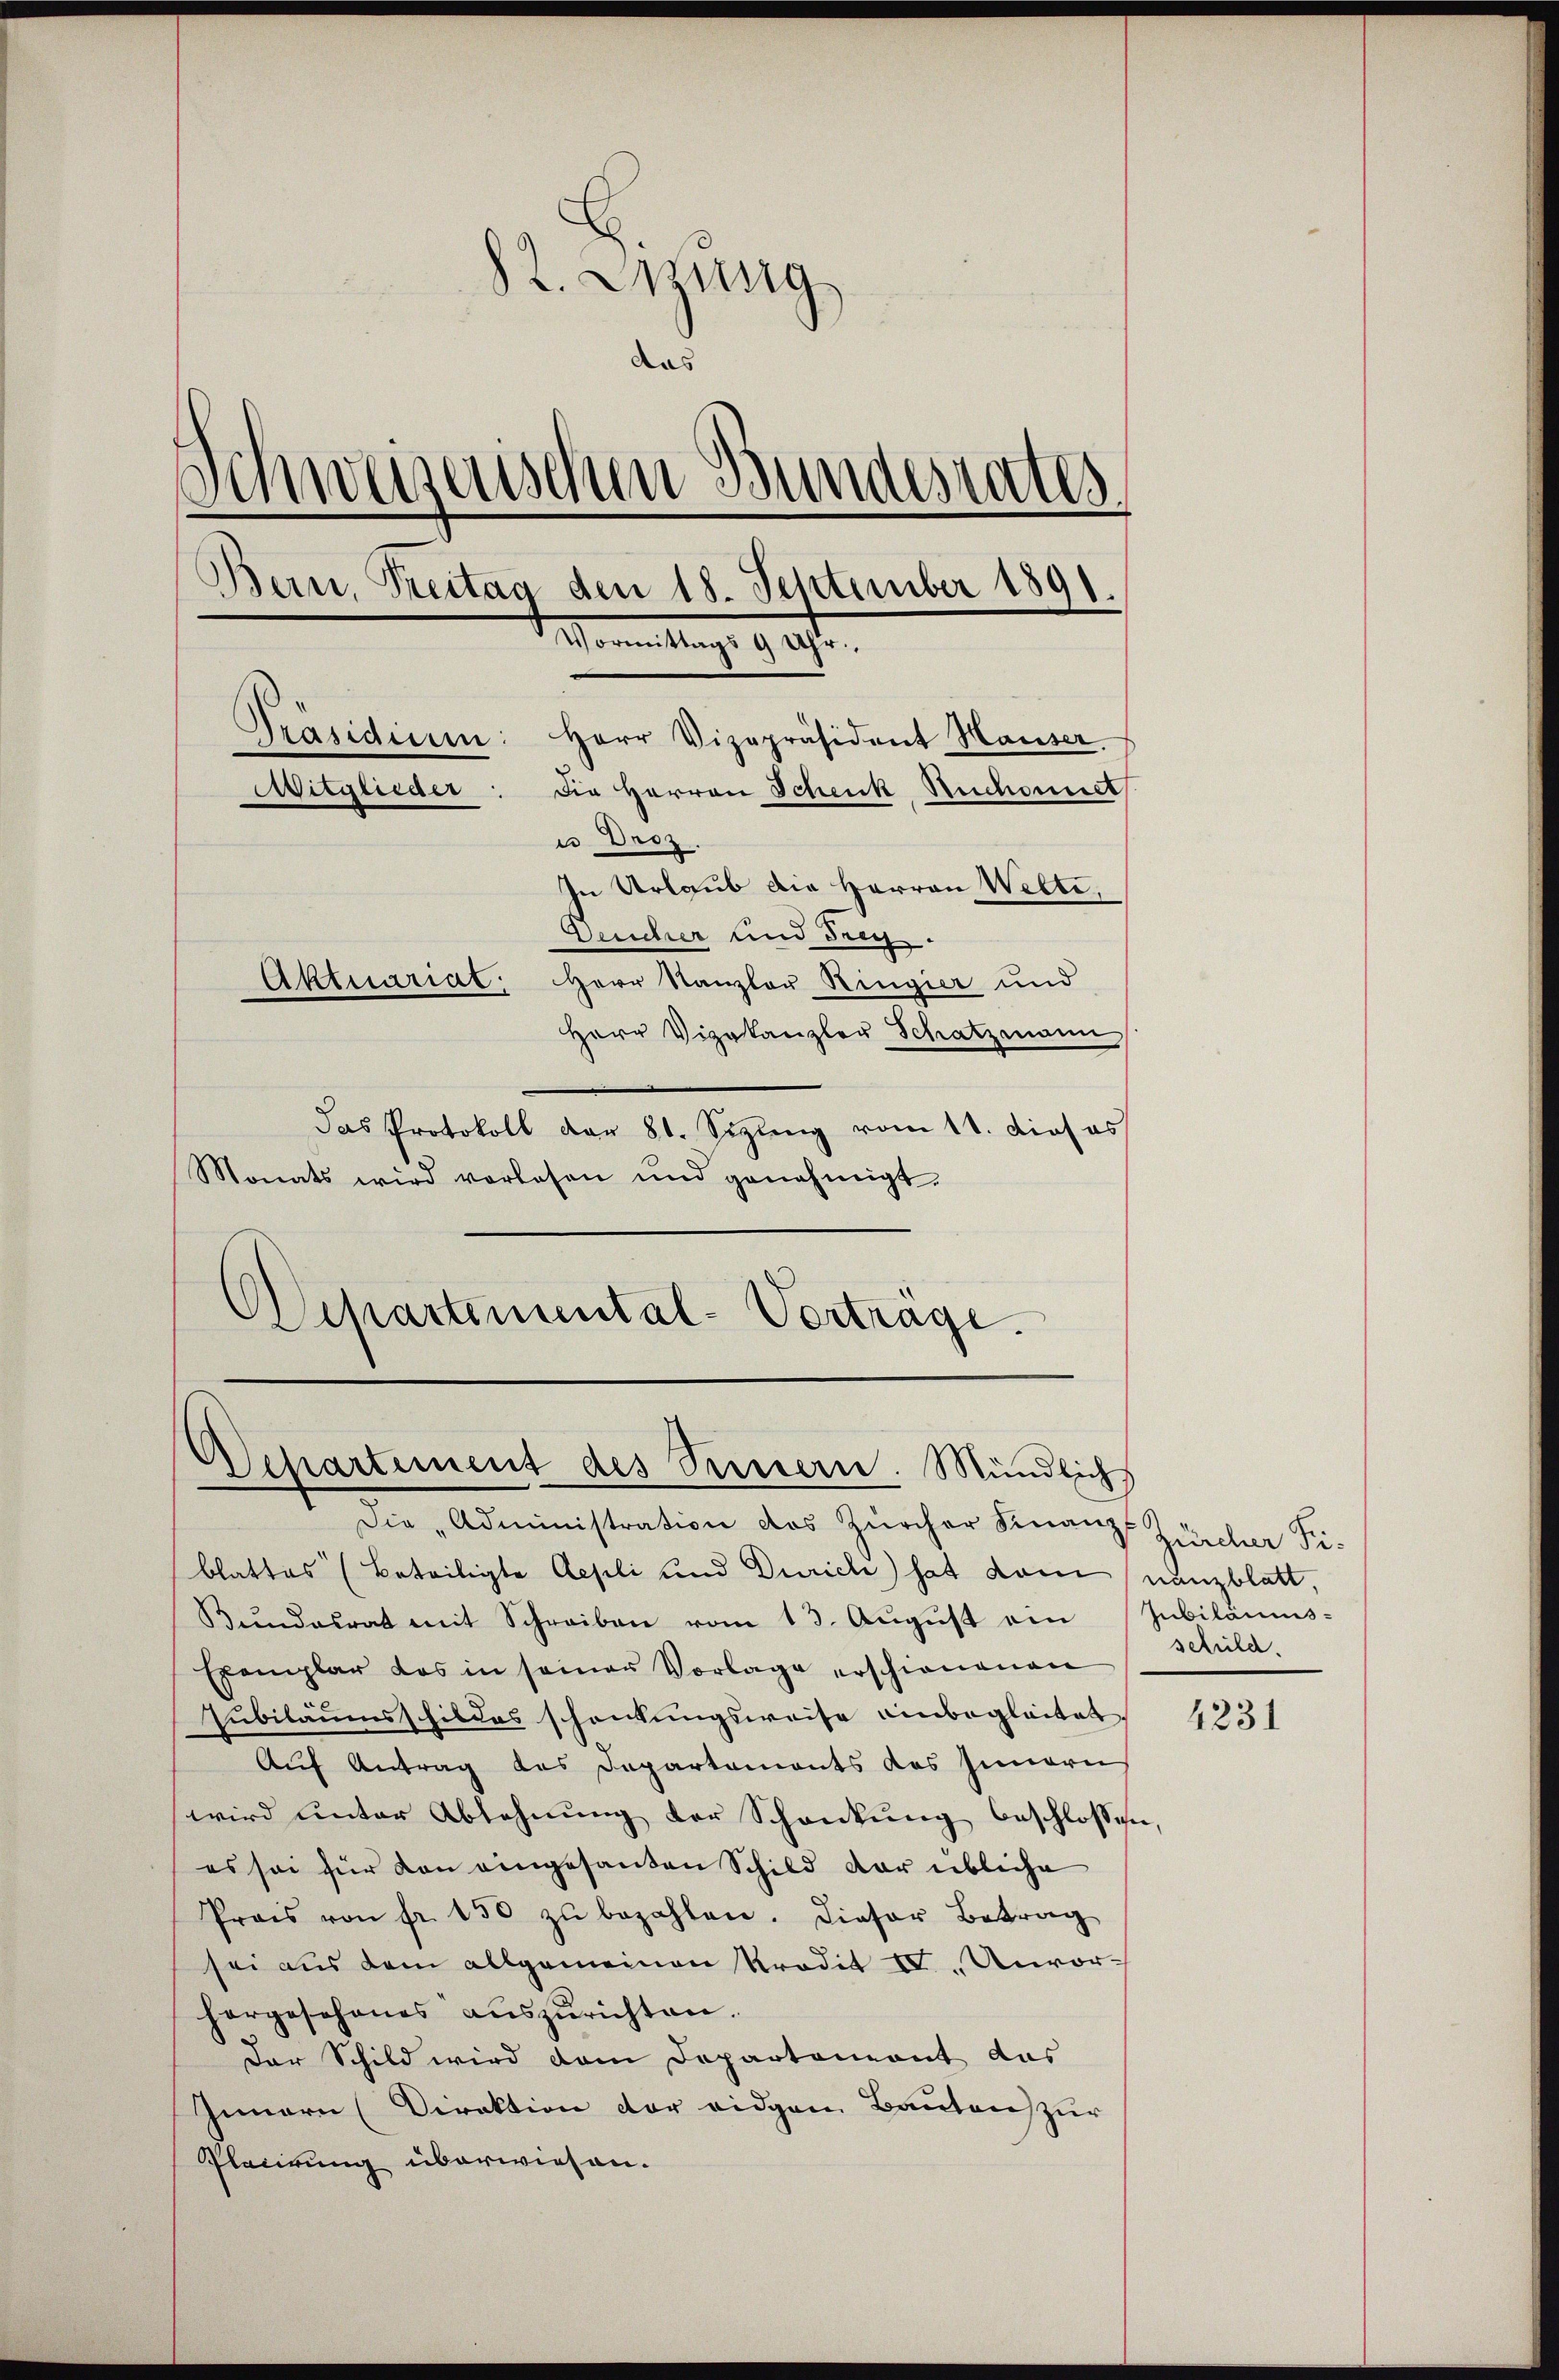
2. Wung
das
Schweizerischen Bundesrates,
Bern, Treitag den 18. September 1891.
Manmittags 9 20fr.
Präsidium: Herr Vizepräsident Hauser
Witglieder
Die Herren Schenk, Ruchornet
u. Droz.
In Urlaub die Herren Welti,
Deucher und drg.
Aktuariat: Herr Kanzler Ringier und
Herr Vizekanzler Schatzmann

das Protokoll dar 81. Sizung vom 11. Dies as
Monats wird vorlesen und genehmigt.
Departemental-Vertrage.

Departement des Seinerie. Mündlichs

Die „Administration des Zürcher Finanz- Zürcher Fiblattes (Beteiligte Aesli und Zürich) hat dem nanzblatt,
Kŭndesrat mit Schreiben vom 13. Aŭgŭst ain Jubiläums-
Exemplar das in seiner Vorlage erschienenen
Jubiläumsschildes schenkungsweise unbegleitet,
Auf Antrag des Departements des Innern
wird unter Ablehnung der Schankung beschlossen,
es sei für von eingesanden Schild dar übliche
Prois von fr. 150 zŭ bezahlen. Dieser Betrag
sei aus dem allgemeinen Prodit IV. Unvorhorgeschenes auszurichten.
der Schild wird dem Departoniant das
Innern (Direktion der eidgen Bautens zur
Placirung überwiesen.

schild.

4231